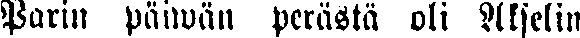
Parin päiwän perästä oli Akselin